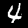
Digit: 4